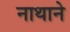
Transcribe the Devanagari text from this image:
नाथाने